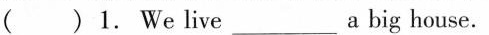
()1.We live___a big house。